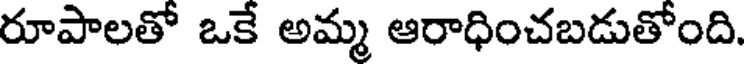
రూపాలతో ఒకే అమ్మ ఆరాధించబడుతోంది.